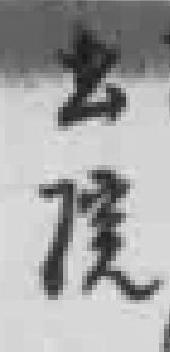
出院